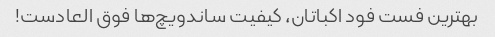
بهترین فست فود اکباتان، کیفیت ساندویچ‌ها فوق العادست!